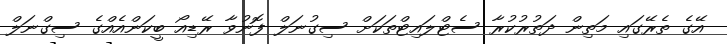
އޭގެ ތެރޭގައި މަތިން ދަތުރުކުރާ ސެޓްލައިޓްތަކަށް ސިގުނަލް ފޮނުވާ ރޭޑިއޯ ބީކަންއެއްގެ ސިގްނަލް